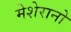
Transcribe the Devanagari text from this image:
मेशेरानो